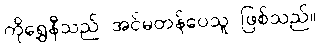
ကိုရွှေနီသည် အင်မတန်ပေသူ ဖြစ်သည်။